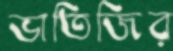
ভাতিজির